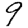
Digit: 9